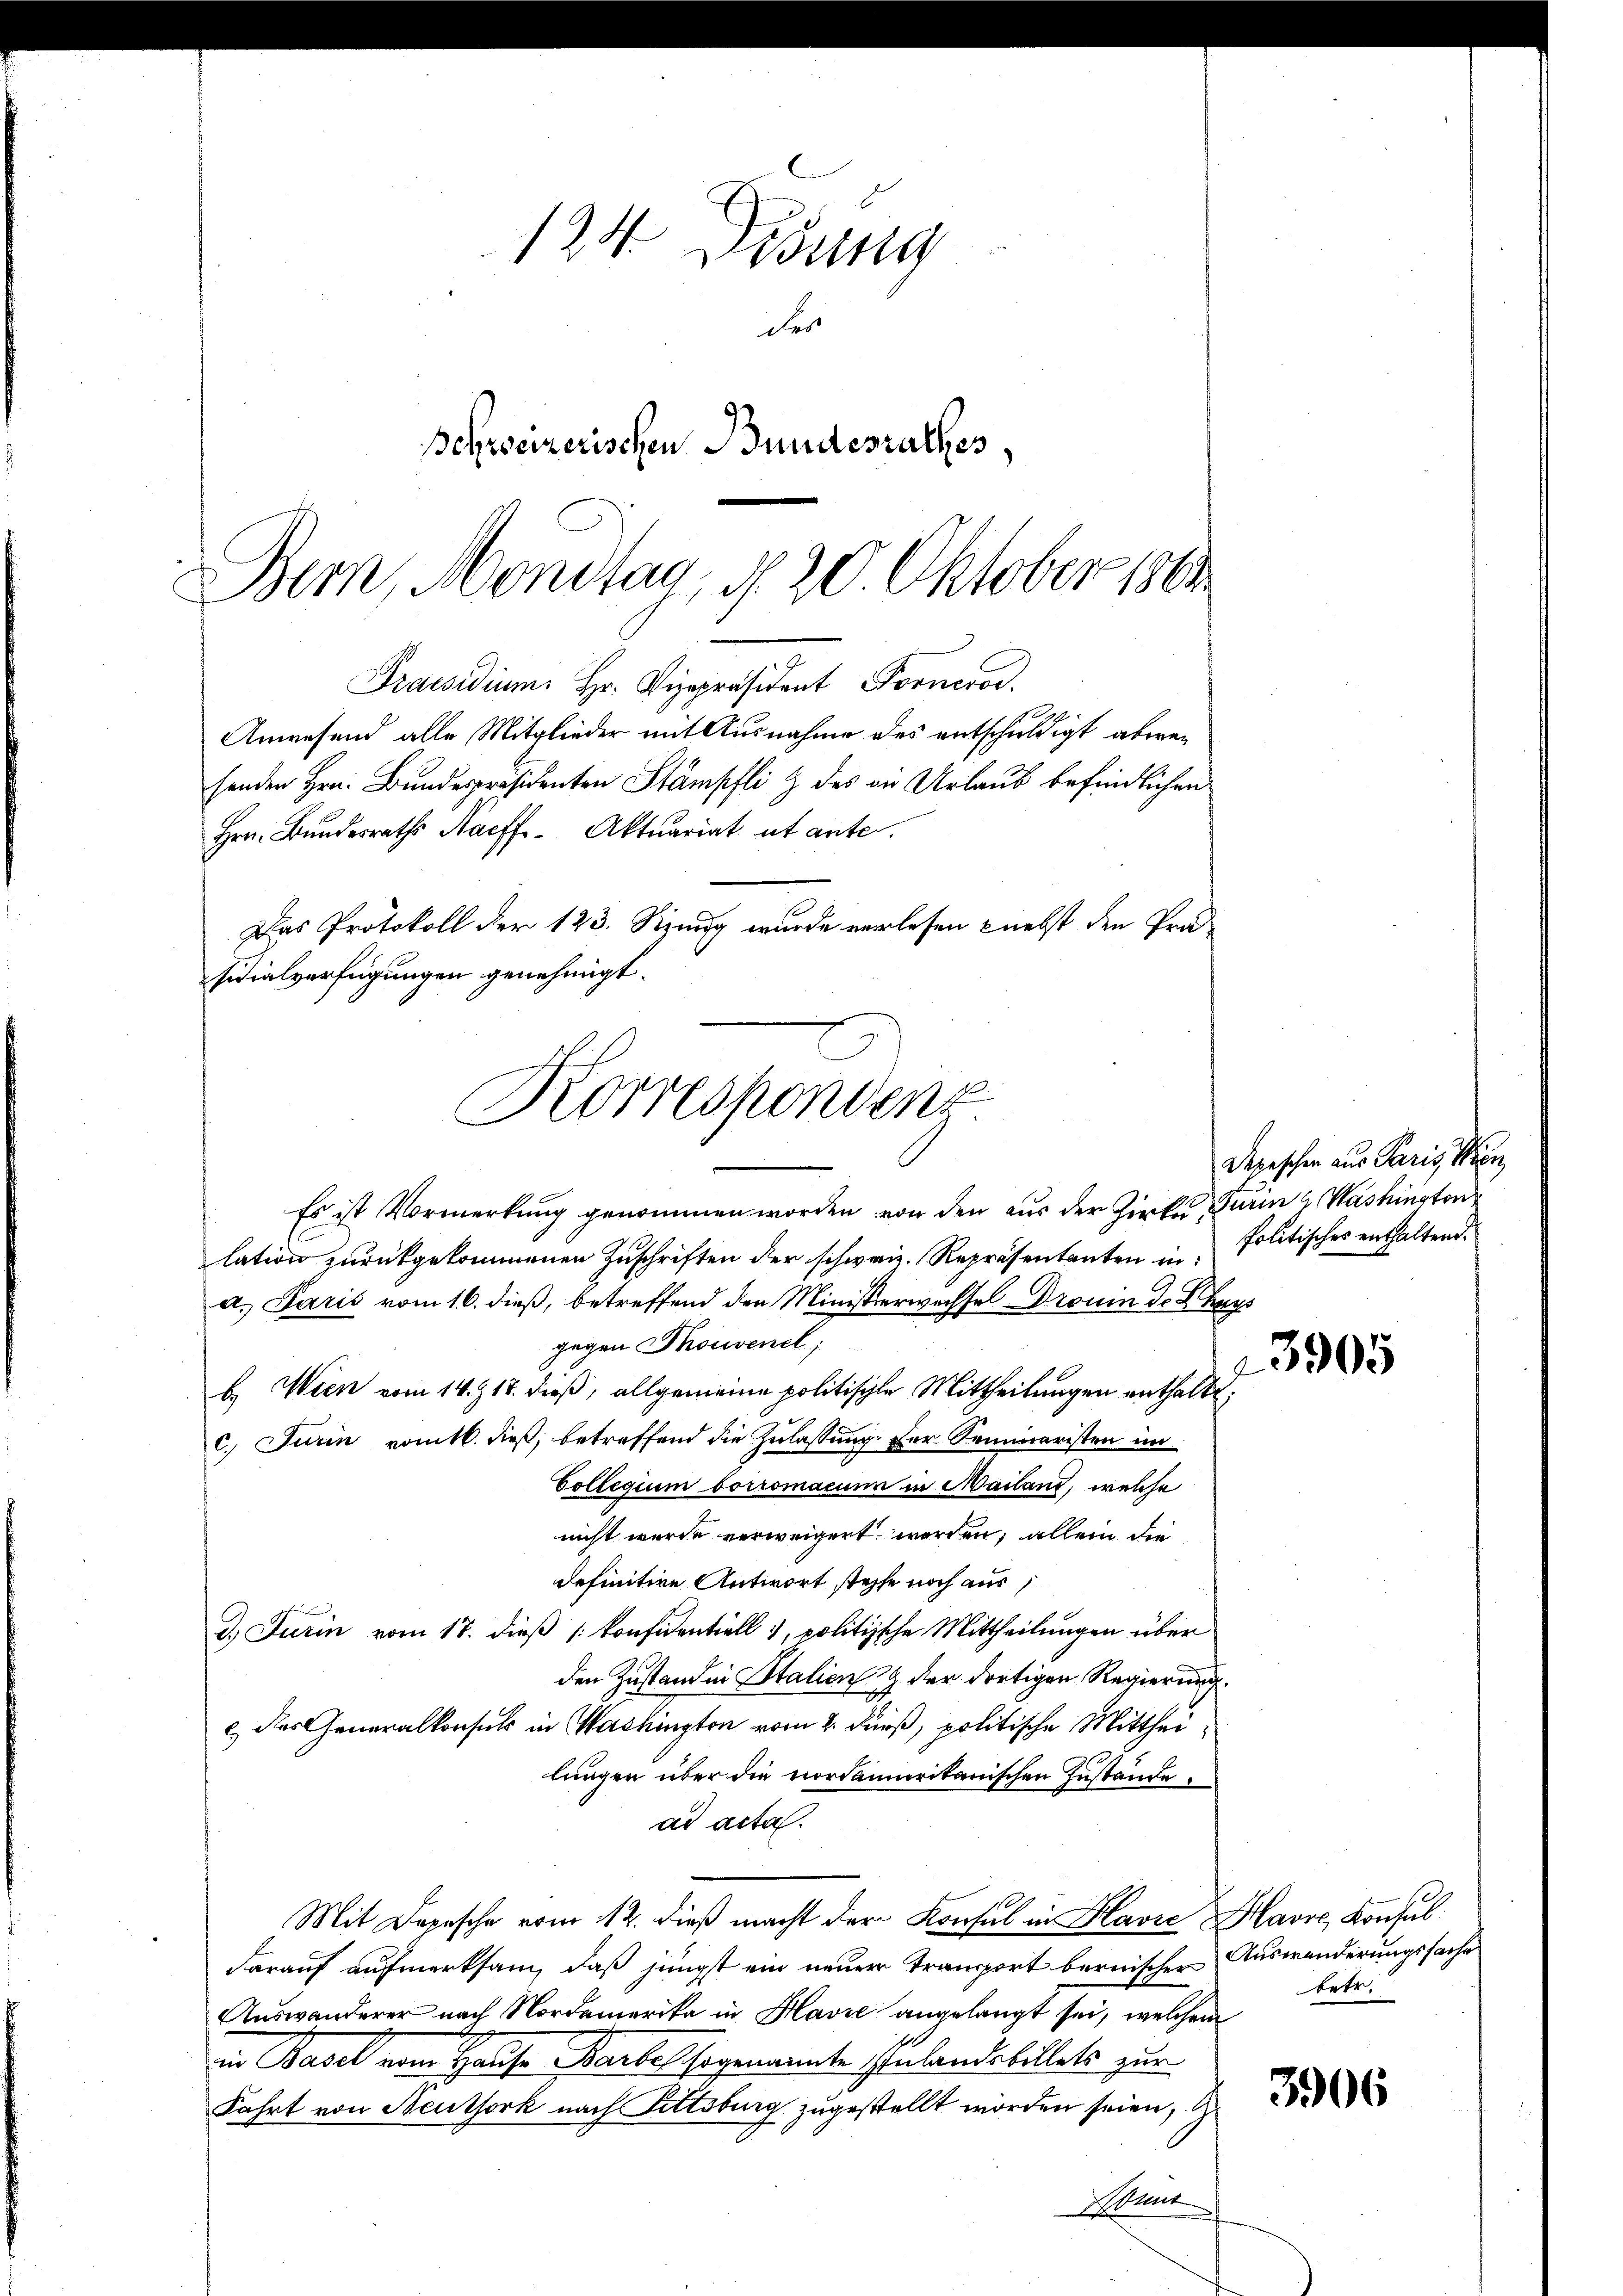
124. Didung
der
Schreizerischen Bundesrathes

Praesidium Hr. Vizepräsident Forneror
Anwesend alle Mitglieder mit Ausnahme des entschuldigt abwei
senden Hrn. Bundespräsidenten Stämpfli & des an Urlaub befindlichen
Hrn. Bundesraths Haeff. Aktuariat ut ante.
Es ist Vormerkung genommen worden von den aus der Zirke Turin z. Washington
lation zurückgekommenen Zuschriften der schweiz. Repräsentanten in
a. Paris vom 16. dieß, betreffend den Ministerwechsel Dronin de Thays
gegen Phonvenel;
b. Wien vom 14. 17. dieß, allgemeine politische Mittheilungen enthalbt;
c. Jurin vomtl. dieß, betreffend die Zulassung der Seminaristen im
Collegium borromacun in Mailand, welche
nicht wurde verweigert worden, allein die
definitive Antwort stehe noch aus
d. Turin vom 18. dieß [konfidentiell 1, politische Mittheilungen über
den Zustand in Stalien & der dortigen Regierung
c des Generalkonsuls in Washington vom 2. Durs, politische Mittheilungen über die nordamerikanischen Zustände.
ad acta.
Mit Depesche vom 12. dieß macht der Konsul in Havre Havre, Konsul
darauf aufmerksam, daß jüngst ein neuer Transport bernischen Auswanderungssache
Auswanderer nach Nordamerika in Havre angelangt sei, welchem
in Basel vom Hause Barbel sogenannte Inlande billets zur
Fahrt von Neuthork nach Fittsburg zugestellt worden seien, d
Abunt

Bern, Mondtag, d. 20 Oktober 1881

Das Protokoll der 123. Szung wurde verlesen nebst den Prä-
sidialverfügungen genehmigt.
Korrespondenz

Depeschen aus Paris, Sen
Politisches enthaltend.

3905

betr.

3906